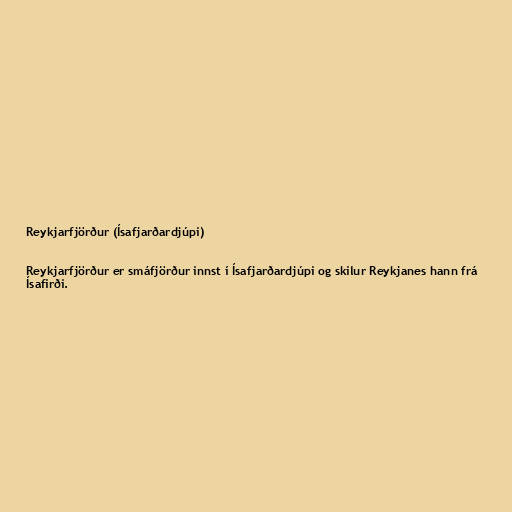
Reykjarfjörður (Ísafjarðardjúpi)

Reykjarfjörður er smáfjörður innst í Ísafjarðardjúpi og skilur Reykjanes hann frá
Ísafirði.